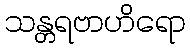
သန္တရဗာဟိရော